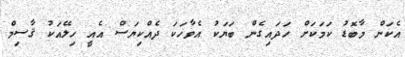
އެކަން މާބޮޑު ކަމަކަށް ހަދައިގެން ބަޔަކު އެވާހަކަ ދެއްކިޔަސް އެއީ ހިލޭއަކު ޤާސިމް